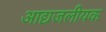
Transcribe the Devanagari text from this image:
आद्यजलीयक